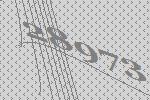
28973